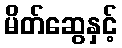
မိတ်ဆွေနှင့်